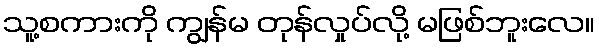
သူ့စကားကို ကျွန်မ တုန်လှုပ်လို့ မဖြစ်ဘူးလေ။